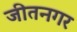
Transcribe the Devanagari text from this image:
जीतनगर